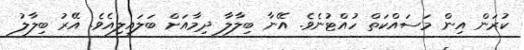
ކުރަން އިން މަސައްކަތް ހުއްޓުނެވެ. އޭނާ ބިލާލާ ދިމާއަށް ބަލައިލިއެވެ. އޭރު ބިލާލު